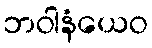
ဘဝါနံယေဝ